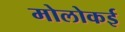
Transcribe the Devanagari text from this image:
मोलोकई